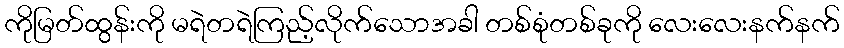
ကိုမြတ်ထွန်းကို မရဲတရဲကြည့်လိုက်သောအခါ တစ်စုံတစ်ခုကို လေးလေးနက်နက်